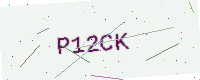
Text: P12CK